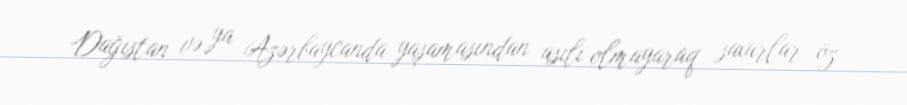
Dağıstan və ya Azərbaycanda yaşamasından asılı olmayaraq saxurlar öz